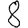
Digit: 8